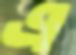
এ